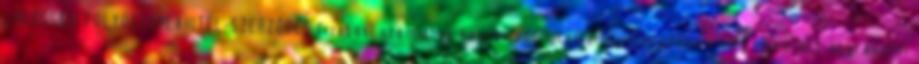
LAKOSSÁGI FOLYÓSZÁMLAHITEL-SZERZŐDÉS fizetési számlához kapcsolódó hitelkeret-szerződés amely létrejött egyrészről